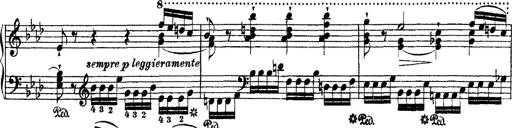
Title: Ã‰tudes d'exÃ©cution transcendante d'aprÃ¨s Paganini
Composer: Franz Liszt